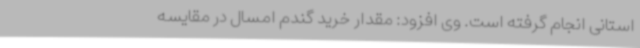
استانی انجام گرفته است. وی افزود: مقدار خرید گندم امسال در مقایسه